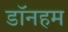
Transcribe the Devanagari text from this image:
डॉनहम